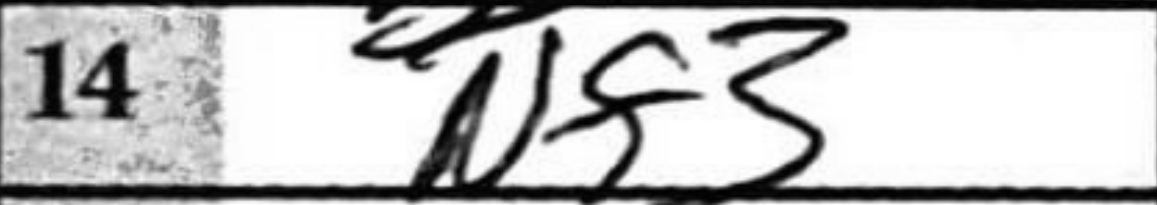
Transcription: Nf3